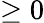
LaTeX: \geq 0